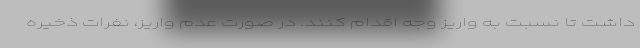
داشت تا نسبت به واریز وجه اقدام کنند. در صورت عدم واریز، نفرات ذخیره